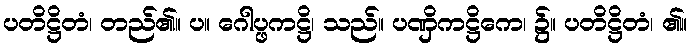
ပတိဋ္ဌိတံ၊ တည်၏။ ပ။ ဂေါပ္ဖကဋ္ဌိ၊ သည်။ ပဏှိကဋ္ဌိကေ၊ ၌။ ပတိဋ္ဌိတံ၊ ၏။